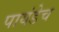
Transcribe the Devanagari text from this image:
पायंडेच